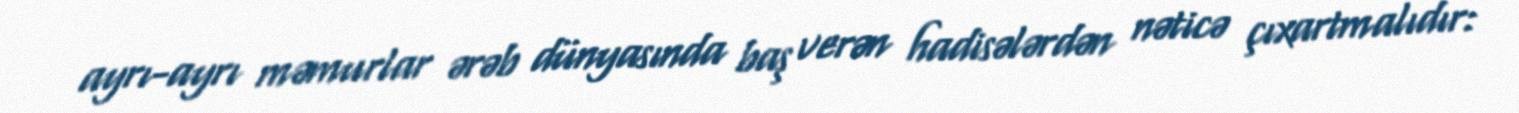
ayrı-ayrı məmurlar ərəb dünyasında baş verən hadisələrdən nəticə çıxartmalıdır: